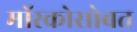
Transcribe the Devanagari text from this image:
मॉस्कोसोबत